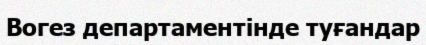
Вогез департаментінде туғандар